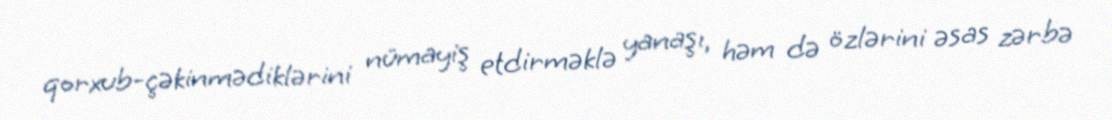
qorxub-çəkinmədiklərini nümayiş etdirməklə yanaşı, həm də özlərini əsas zərbə